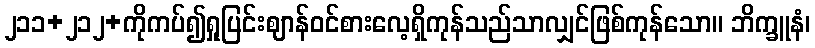
၂၁၁+၂၁၂+ကိုကပ်၍ရှုပြင်းဈာန်ဝင်စားလေ့ရှိကုန်သည်သာလျှင်ဖြစ်ကုန်သော။ ဘိက္ခူနံ၊